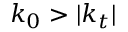
k _ { 0 } > | k _ { t } |